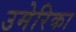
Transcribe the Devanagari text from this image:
उमेरिका